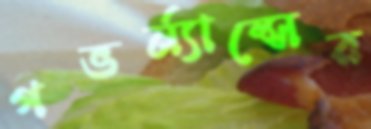
গভর্ন্যান্সের